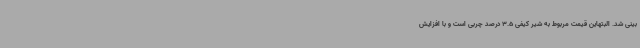
بینی شد. البتهاین قیمت مربوط به شیر کیفی 3.5 درصد چربی است و با افزایش